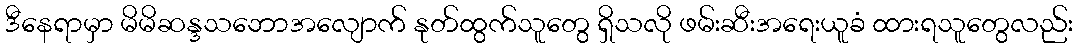
ဒီနေရာမှာ မိမိဆန္ဒသဘောအလျောက် နုတ်ထွက်သူတွေ ရှိသလို ဖမ်းဆီးအရေးယူခံ ထားရသူတွေလည်း